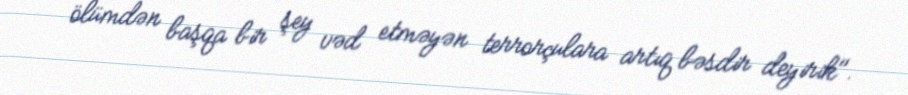
ölümdən başqa bir şey vəd etməyən terrorçulara artıq bəsdir deyirik".